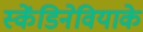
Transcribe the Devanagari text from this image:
स्केंडिनेवियाके